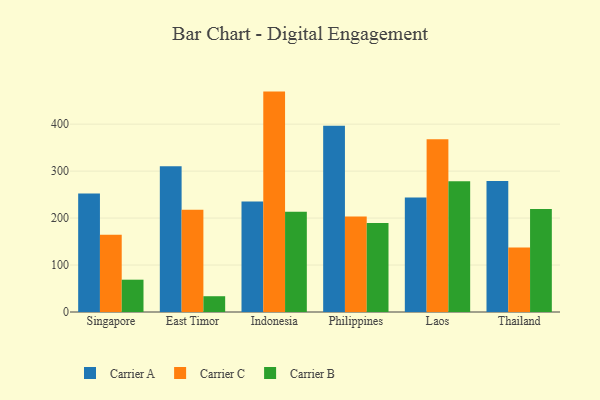
{"axis": {"x": "Country", "y": "Waste Production (Tons)"}, "legend": ["Carrier A", "Carrier B", "Carrier C"], "data": [{"x": "Singapore", "y": 252.2, "type": "Carrier A"}, {"x": "Singapore", "y": 164.4, "type": "Carrier C"}, {"x": "Singapore", "y": 68.8, "type": "Carrier B"}, {"x": "East Timor", "y": 310.6, "type": "Carrier A"}, {"x": "East Timor", "y": 217.9, "type": "Carrier C"}, {"x": "East Timor", "y": 33.6, "type": "Carrier B"}, {"x": "Indonesia", "y": 235.2, "type": "Carrier A"}, {"x": "Indonesia", "y": 469.3, "type": "Carrier C"}, {"x": "Indonesia", "y": 213.3, "type": "Carrier B"}, {"x": "Philippines", "y": 396.4, "type": "Carrier A"}, {"x": "Philippines", "y": 203.3, "type": "Carrier C"}, {"x": "Philippines", "y": 189.4, "type": "Carrier B"}, {"x": "Laos", "y": 244.0, "type": "Carrier A"}, {"x": "Laos", "y": 367.6, "type": "Carrier C"}, {"x": "Laos", "y": 278.6, "type": "Carrier B"}, {"x": "Thailand", "y": 278.8, "type": "Carrier A"}, {"x": "Thailand", "y": 137.5, "type": "Carrier C"}, {"x": "Thailand", "y": 219.5, "type": "Carrier B"}]}